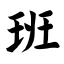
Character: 班